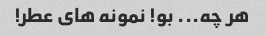
هر چه... بو! نمونه های عطر!